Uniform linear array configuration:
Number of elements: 48
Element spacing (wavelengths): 0.5
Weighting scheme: binomial
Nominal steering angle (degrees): -45
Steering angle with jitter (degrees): -45.329
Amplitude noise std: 0.05
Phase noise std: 0.05

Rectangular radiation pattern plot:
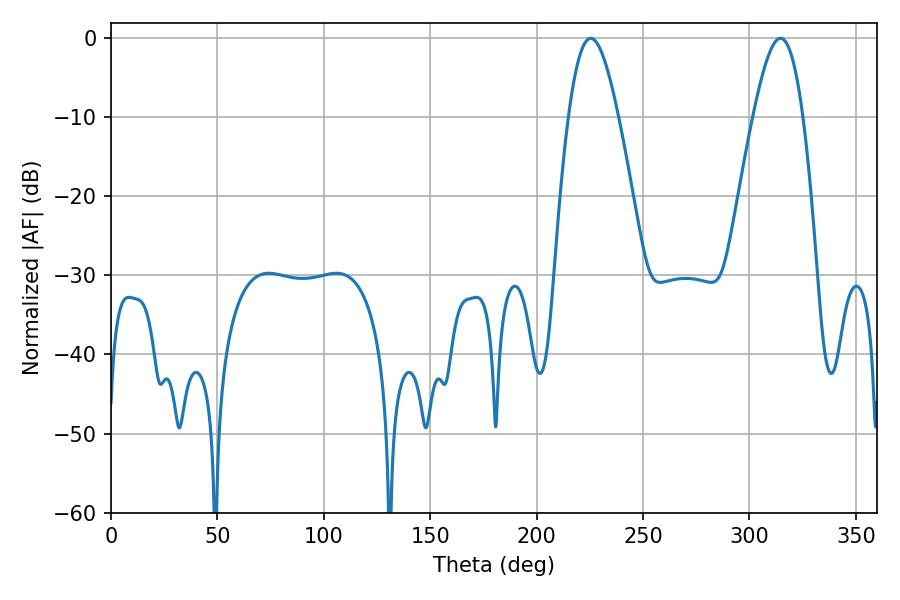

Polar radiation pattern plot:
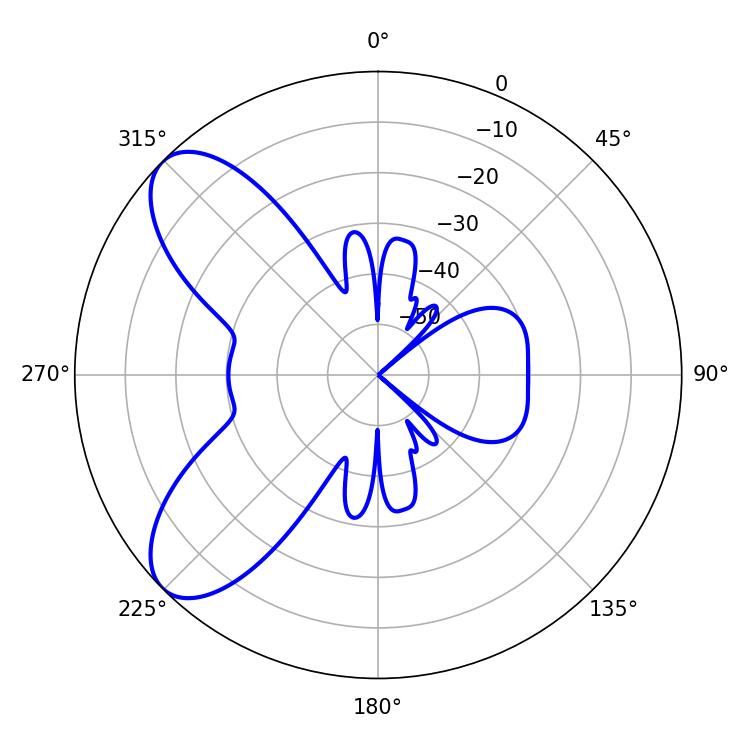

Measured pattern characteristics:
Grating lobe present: FALSE
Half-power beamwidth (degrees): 12.6
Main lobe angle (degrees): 225.36